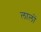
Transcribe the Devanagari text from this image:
लालों